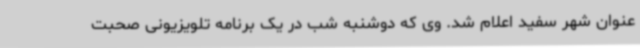
عنوان شهر سفید اعلام شد. وی که دوشنبه شب در یک برنامه تلویزیونی صحبت